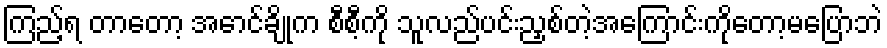
ကြည့်ရ တာတော့ အောင်ချိုက စီစီ့ကို သူလည်ပင်းညှစ်တဲ့အကြောင်းကိုတော့မပြောဘဲ